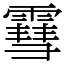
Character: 䨮